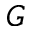
_ G